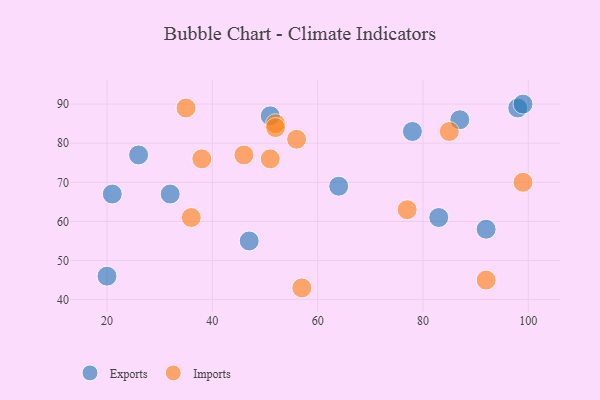
{"axis": {"x": "GDP", "y": "Life Expectancy"}, "legend": ["Exports", "Imports"], "data": [{"x": "87", "y": 86, "type": "Exports"}, {"x": "64", "y": 69, "type": "Exports"}, {"x": "83", "y": 61, "type": "Exports"}, {"x": "98", "y": 89, "type": "Exports"}, {"x": "78", "y": 83, "type": "Exports"}, {"x": "51", "y": 87, "type": "Exports"}, {"x": "32", "y": 67, "type": "Exports"}, {"x": "21", "y": 67, "type": "Exports"}, {"x": "47", "y": 55, "type": "Exports"}, {"x": "26", "y": 77, "type": "Exports"}, {"x": "20", "y": 46, "type": "Exports"}, {"x": "99", "y": 90, "type": "Exports"}, {"x": "92", "y": 58, "type": "Exports"}, {"x": "36", "y": 61, "type": "Imports"}, {"x": "92", "y": 45, "type": "Imports"}, {"x": "35", "y": 89, "type": "Imports"}, {"x": "57", "y": 43, "type": "Imports"}, {"x": "38", "y": 76, "type": "Imports"}, {"x": "52", "y": 85, "type": "Imports"}, {"x": "51", "y": 76, "type": "Imports"}, {"x": "46", "y": 77, "type": "Imports"}, {"x": "52", "y": 84, "type": "Imports"}, {"x": "56", "y": 81, "type": "Imports"}, {"x": "77", "y": 63, "type": "Imports"}, {"x": "85", "y": 83, "type": "Imports"}, {"x": "99", "y": 70, "type": "Imports"}]}